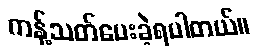
ကန့်သတ်ပေးခဲ့ရပါတယ်။